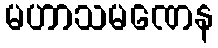
မဟာသမဏေန